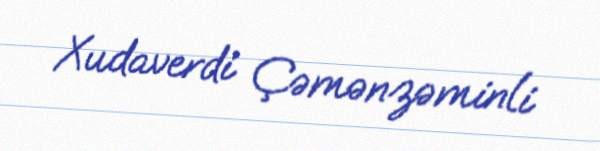
Xudaverdi Çəmənzəminli